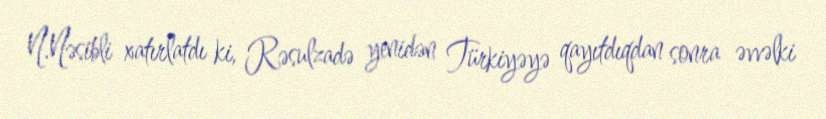
N.Nəsibli xatırlatdı ki, Rəsulzadə yenidən Türkiyəyə qayıtdıqdan sonra əvvəlki